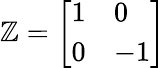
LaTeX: \mathbb{Z}={\left[\begin{array}{ll}{1}&{0}\\ {0}&{-1}\end{array}\right]}